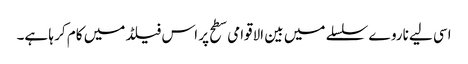
اسی لیے ناروے سلسلے میں بین الاقوامی سطح پر اس فیلڈ میں کام کر ہا ہے۔